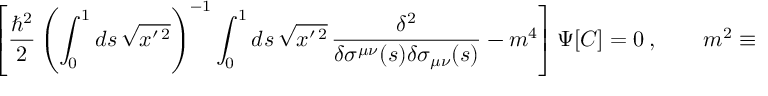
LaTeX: \left[ { \frac { \hbar ^ { 2 } } { 2 } } \left( \int _ { 0 } ^ { 1 } d s \, \sqrt { x ^ { \prime \, 2 } } \right) ^ { - 1 } \int _ { 0 } ^ { 1 } d s \, \sqrt { x ^ { \prime \, 2 } } \, { \frac { \delta ^ { 2 } } { \delta \sigma ^ { \mu \nu } ( s ) \delta \sigma _ { \mu \nu } ( s ) } } - m ^ { 4 } \right] \Psi [ C ] = 0 \ , \qquad m ^ { 2 } \equiv 1 / 2 \pi \alpha ^ { \prime } \ .